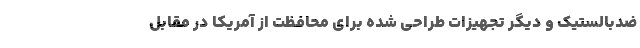
ضدبالستیک و دیگر تجهیزات طراحی شده برای محافظت از آمریکا در مقابل